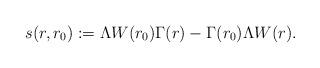
LaTeX: \begin{align*} s(r, r_0) := \Lambda W(r_0) \Gamma(r) - \Gamma(r_0) \Lambda W(r).\end{align*}